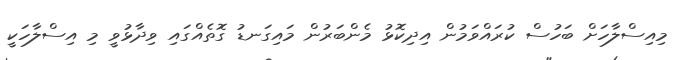
މިއިސްލާހަށް ބަހުސް ކުރައްވަމުން އިދިކޮޅު މެންބަރުން މައިގަނޑު ގޮތެއްގައި ވިދާޅުވީ މި އިސްލާހަކީ